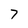
Character: 7